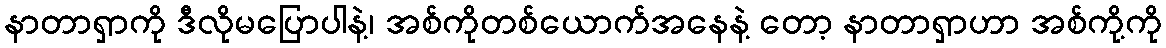
နာတာရှာကို ဒီလိုမပြောပါနဲ့၊ အစ်ကိုတစ်ယောက်အနေနဲ့ တော့ နာတာရှာဟာ အစ်ကို့ကို